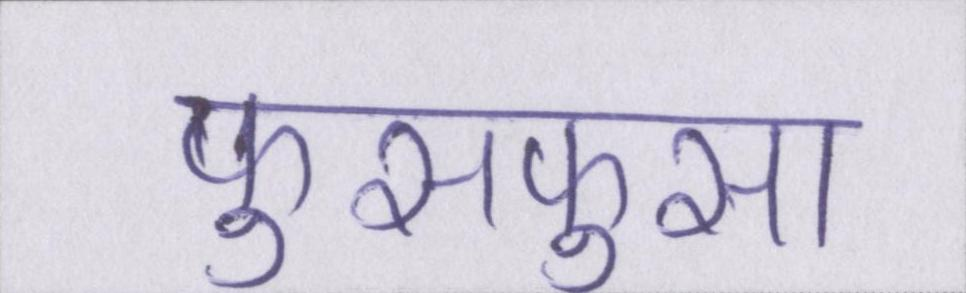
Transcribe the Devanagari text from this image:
फुसफुसा